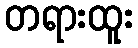
တရားထူး